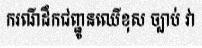
ករណីដឹកជញ្ជូនឈើខុស ច្បាប់ វា